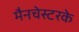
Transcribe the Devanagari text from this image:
मैनचेस्टरके